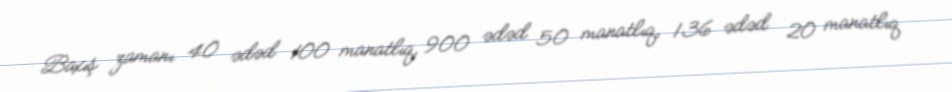
Baxış zamanı 40 ədəd 100 manatlıq, 900 ədəd 50 manatlıq, 136 ədəd 20 manatlıq